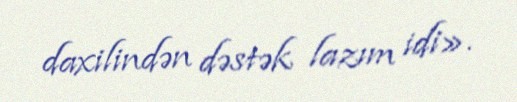
daxilindən dəstək lazım idi».